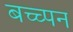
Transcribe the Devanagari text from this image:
बच्च्पन